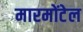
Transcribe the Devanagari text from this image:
मारमोंटेल